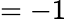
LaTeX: =-1